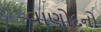
વાણોદનો